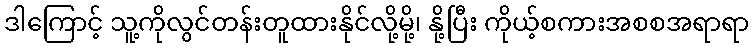
ဒါကြောင့် သူ့ကိုလွင်တန်းတူထားနိုင်လို့မို့၊ နို့ပြီး ကိုယ့်စကားအစစအရာရာ